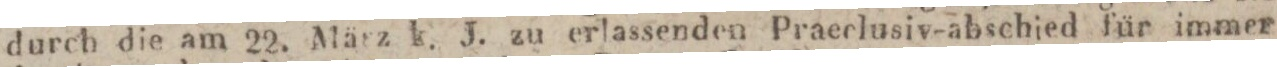
durch die am 22. März k. J. zu erlassenden Praeelusiv-abschied für immer